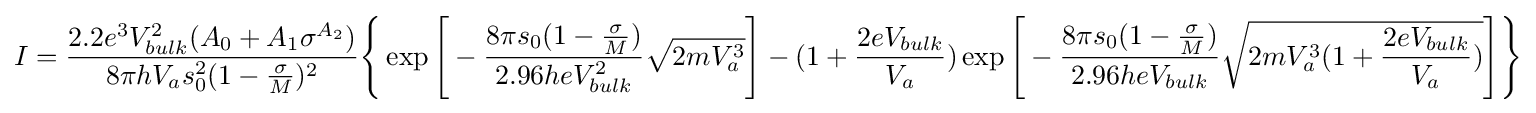
I={\frac {2.2e^{3}V_{bulk}^{2}(A_{0}+A_{1}\sigma ^{A_{2}})}{8{\pi }hV_{a}s_{0}^{2}(1-{\frac {\sigma }{M}})^{2}}}{\Bigg \{}\exp {\Bigg [}-{\frac {8{\pi }s_{0}(1-{\frac {\sigma }{M}})}{2.96heV_{bulk}^{2}}}{\sqrt {2mV_{a}^{3}}}{\Bigg ]}-(1+{\frac {2eV_{bulk}}{V_{a}}})\exp {\Bigg [}-{\frac {8{\pi }s_{0}(1-{\frac {\sigma }{M}})}{2.96heV_{bulk}}}{\sqrt {2mV_{a}^{3}(1+{\frac {2eV_{bulk}}{V_{a}}})}}{\Bigg ]}{\Bigg \}}